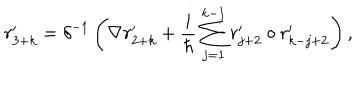
r _ { 3 + k } ^ { \prime } = \delta ^ { - 1 } \left( \nabla r _ { 2 + k } ^ { \prime } + \frac i \hbar \sum _ { j = 1 } ^ { k - 1 } r _ { j + 2 } ^ { \prime } \circ r _ { k - j + 2 } ^ { \prime } \right) ,